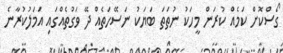
ގޯސްކޮށް ކަމެއް ކުރަން މީހަކު ނުތަތަ ބަޔަކު ނަސޭހަތެއް ދޭ ވަގުތެއްގައި އަމަލުކުރާނެ